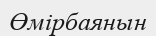
Өмірбаянын